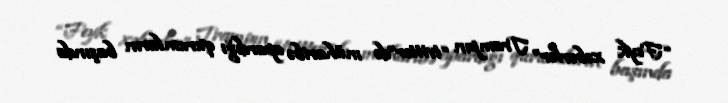
“Feyk xəbərlər” Trampın “tvitter”də müharibə apardığı qurumların başında